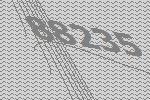
88235